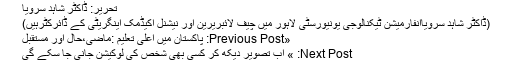
تحریر: ڈاکٹر شاہد سرویا
(ڈاکٹر شاہد سرویاانفارمیشن ٹیکنالوجی یونیورسٹی لاہور میں چیف لائبریرین اور نیشنل اکیڈمک اینگریٹی کے ڈائرکٹرہیں)
«Previous Post: پاکستان میں اعلیٰ تعلیم :ماضی،حال اور مستقبل
Next Post: » اب تصویر دیکھ کر کسی بھی شخص کی لوکیشن جانی جا سکے گی